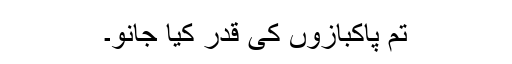
تم پاکبازوں کی قدر کیا جانو۔